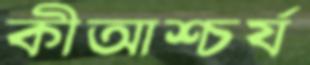
কীআশ্চর্য